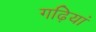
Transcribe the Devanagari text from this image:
गढ़ियां